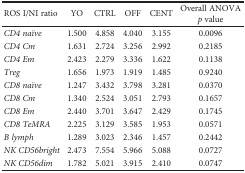
| ROS I/NI ratio | YO | CTRL | OFF | CENT | Overall ANOVA p value |
 | --- | --- | --- | --- | --- | --- |
 | CD4 naïve | 1.500 | 4.858 | 4.040 | 3.155 | 0.0096 |
 | CD4 Cm | 1.631 | 2.724 | 3.256 | 2.992 | 0.2185 |
 | CD4 Em | 2.423 | 2.279 | 3.336 | 1.622 | 0.1138 |
 | Treg | 1.656 | 1.973 | 1.919 | 1.485 | 0.9240 |
 | CD8 naïve | 1.247 | 3.432 | 3.798 | 3.281 | 0.0370 |
 | CD8 Cm | 1.340 | 2.524 | 3.051 | 2.793 | 0.1657 |
 | CD8 Em | 2.440 | 3.701 | 3.647 | 2.429 | 0.1745 |
 | CD8 TeMRA | 2.225 | 3.129 | 3.585 | 1.953 | 0.0571 |
 | B lymph | 1.289 | 3.023 | 2.346 | 1.457 | 0.2442 |
 | NK CD56bright | 2.473 | 7.554 | 5.966 | 5.088 | 0.0727 |
 | NK CD56dim | 1.782 | 5.021 | 3.915 | 2.410 | 0.0747 |